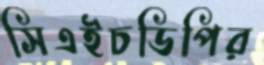
সিএইচডিপির